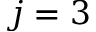
j = 3